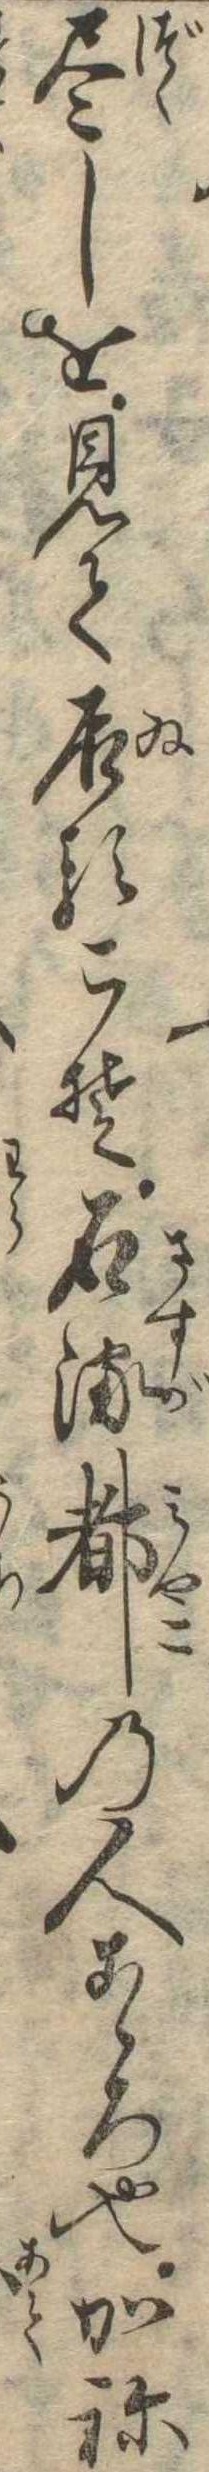
尽しを見て居るこそ石流都の人こゝろ也かね